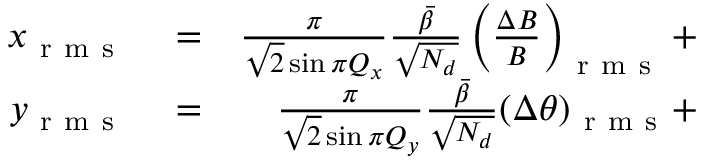
\begin{array} { r l r } { x _ { \mathrm { ~ r ~ m ~ s ~ } } } & { { } = } & { \frac { \pi } { \sqrt { 2 } \sin { \pi Q _ { x } } } \frac { \Bar { \beta } } { \sqrt { N _ { d } } } \left( \frac { \Delta B } { B } \right) _ { \mathrm { ~ r ~ m ~ s ~ } } + } \\ { y _ { \mathrm { ~ r ~ m ~ s ~ } } } & { { } = } & { \frac { \pi } { \sqrt { 2 } \sin { \pi Q _ { y } } } \frac { \Bar { \beta } } { \sqrt { N _ { d } } } ( \Delta \theta ) _ { \mathrm { ~ r ~ m ~ s ~ } } + } \end{array}